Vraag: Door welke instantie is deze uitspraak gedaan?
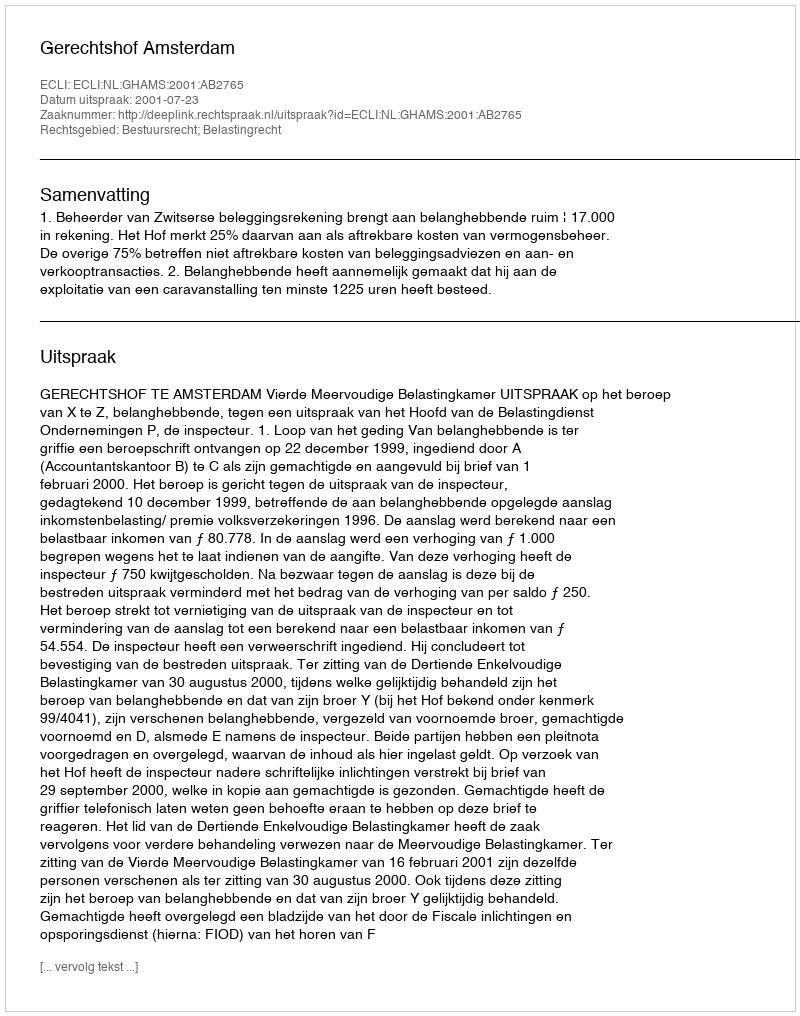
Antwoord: Gerechtshof Amsterdam